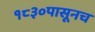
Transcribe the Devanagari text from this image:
१८३०पासूनच